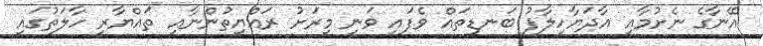
އޭނާގެ ނެށުމާއި އާދަޔާހިލާފު ބަނޑިތައް ވެފައި ވަނީ މިރަށު ރައްޔިތުންނާއި ތައްޔާރީ ހާލަތުގައި